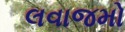
લવાજમો